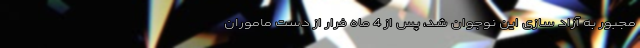
مجبور به آزاد سازی این نوجوان شد، پس از 4 ماه فرار از دست ماموران